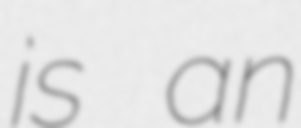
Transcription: is an